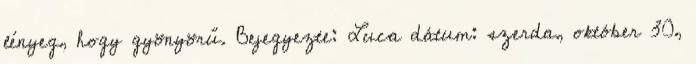
lényeg, hogy gyönyörű. Bejegyezte: Luca dátum: szerda, október 30,